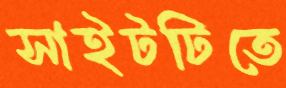
সাইটটিতে